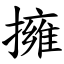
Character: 擁